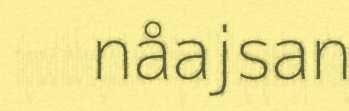
nåajsan